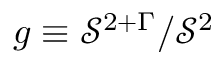
g \equiv \mathcal { S } ^ { 2 + \Gamma } / \mathcal { S } ^ { 2 }